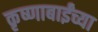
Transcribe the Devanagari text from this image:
कृष्णाबाईंच्या